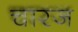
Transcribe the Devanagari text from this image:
चारज